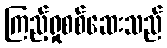
ကြည့်ရှုစစ်ဆေးသည်